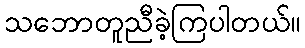
သဘောတူညီခဲ့ကြပါတယ်။